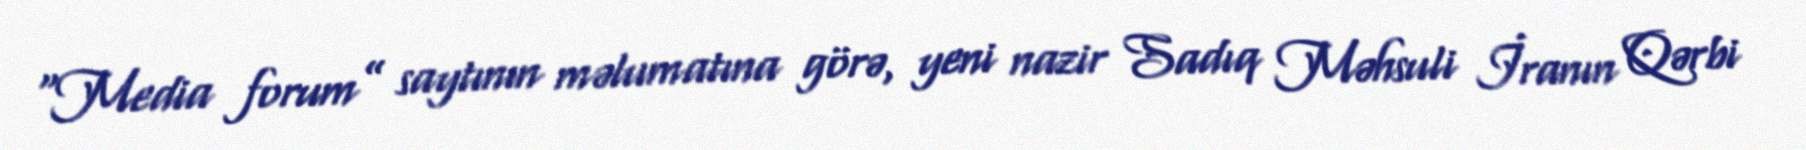
“Media forum” saytının məlumatına görə, yeni nazir Sadıq Məhsuli İranın Qərbi